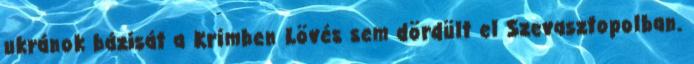
ukránok bázisát a Krímben Lövés sem dördült el Szevasztopolban.